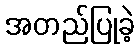
အတည်ပြုခဲ့